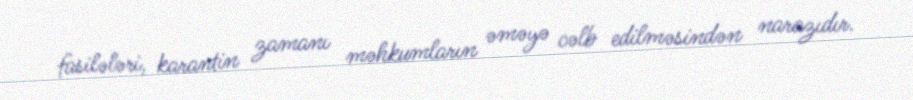
fasilələri, karantin zamanı məhkumların əməyə cəlb edilməsindən narazıdır.